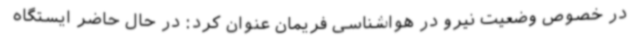
در خصوص وضعیت نیرو در هواشناسی فریمان عنوان کرد: در حال حاضر ایستگاه